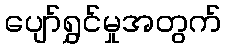
ပျော်ရွှင်မှုအတွက်